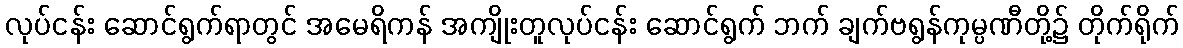
လုပ်ငန်း ဆောင်ရွက်ရာတွင် အမေရိကန် အကျိုးတူလုပ်ငန်း ဆောင်ရွက် ဘက် ချက်ဗရွန်ကုမ္ပဏီတို့၌ တိုက်ရိုက်